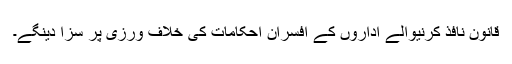
قانون نافذ کرنیوالے اداروں کے افسران احکامات کی خلاف ورزی پر سزا دینگے۔